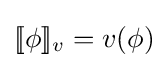
[\![\phi ]\!]_{v}=v(\phi )